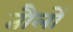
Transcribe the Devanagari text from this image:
तौलों